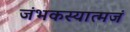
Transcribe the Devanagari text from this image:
जंभकस्यात्मजं